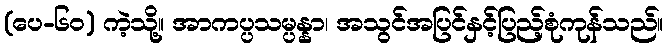
(ပေ-၆၀) ကဲ့သို့။ အာကပ္ပသမ္ပန္နာ၊ အသွင်အပြင်နှင့်ပြည့်စုံကုန်သည်။